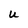
Character: u